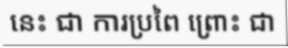
នេះ ជា ការប្រពៃ ព្រោះ ជា